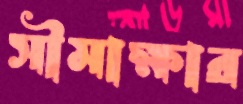
সীমাক্ষার